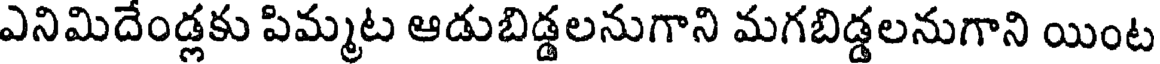
ఎనిమిదేండ్లకు పిమ్మట ఆడుబిడ్డలనుగాని మగబిడ్డలనుగాని యింట